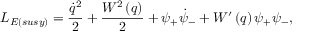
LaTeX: L _ { E ( { s u s y } ) } = \frac { \dot { q } ^ { 2 } } { 2 } + \frac { W ^ { 2 } \left( q \right) } { 2 } + \psi _ { + } \dot { \psi } _ { - } + W ^ { \prime } \left( q \right) \psi _ { + } \psi _ { - } ,